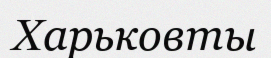
Харьковты